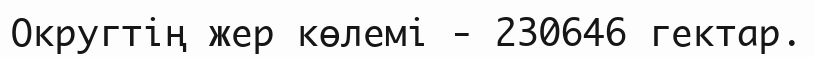
Округтің жер көлемі - 230646 гектар.